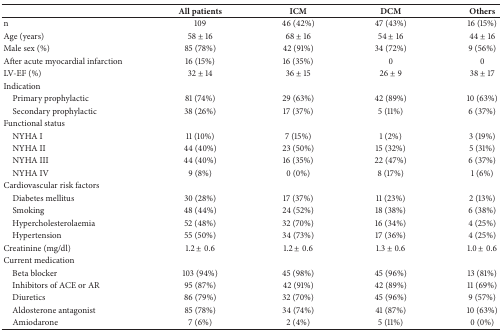
|  | All patients | ICM | DCM | Others |
 | --- | --- | --- | --- | --- |
 | n | 109 | 46 (42%) | 47 (43%) | 16 (15%) |
 | Age (years) | 58 ± 16 | 68 ± 16 | 54 ± 16 | 44 ± 16 |
 | Male sex (%) | 85 (78%) | 42 (91%) | 34 (72%) | 9 (56%) |
 | After acute myocardial infarction | 16 (15%) | 16 (35%) | 0 | 0 |
 | LV-EF (%) | 32 ± 14 | 36 ± 15 | 26 ± 9 | 38 ± 17 |
 | <COLSPAN=5> Indication |
 | Primary prophylactic | 81 (74%) | 29 (63%) | 42 (89%) | 10 (63%) |
 | Secondary prophylactic | 38 (26%) | 17 (37%) | 5 (11%) | 6 (37%) |
 | <COLSPAN=5> Functional status |
 | NYHA I | 11 (10%) | 7 (15%) | 1 (2%) | 3 (19%) |
 | NYHA II | 44 (40%) | 23 (50%) | 15 (32%) | 5 (31%) |
 | NYHA III | 44 (40%) | 16 (35%) | 22 (47%) | 6 (37%) |
 | NYHA IV | 9 (8%) | 0 (0%) | 8 (17%) | 1 (6%) |
 | <COLSPAN=5> Cardiovascular risk factors |
 | Diabetes mellitus | 30 (28%) | 17 (37%) | 11 (23%) | 2 (13%) |
 | Smoking | 48 (44%) | 24 (52%) | 18 (38%) | 6 (38%) |
 | Hypercholesterolaemia | 52 (48%) | 32 (70%) | 16 (34%) | 4 (25%) |
 | Hypertension | 55 (50%) | 34 (73%) | 17 (36%) | 4 (25%) |
 | Creatinine (mg/dl) | 1.2 ± 0.6 | 1.2 ± 0.6 | 1.3 ± 0.6 | 1.0 ± 0.6 |
 | <COLSPAN=5> Current medication |
 | Beta blocker | 103 (94%) | 45 (98%) | 45 (96%) | 13 (81%) |
 | Inhibitors of ACE or AR | 95 (87%) | 42 (91%) | 42 (89%) | 11 (69%) |
 | Diuretics | 86 (79%) | 32 (70%) | 45 (96%) | 9 (57%) |
 | Aldosterone antagonist | 85 (78%) | 34 (74%) | 41 (87%) | 10 (63%) |
 | Amiodarone | 7 (6%) | 2 (4%) | 5 (11%) | 0 (0%) |